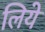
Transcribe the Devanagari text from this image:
लियेे